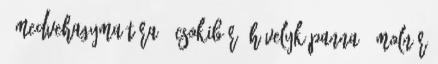
– Medvehagyma túra 0 Csokibár- Hüvelyk Panna 0 Molnár